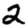
Digit: 2